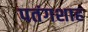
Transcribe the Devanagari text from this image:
पतंगशाह